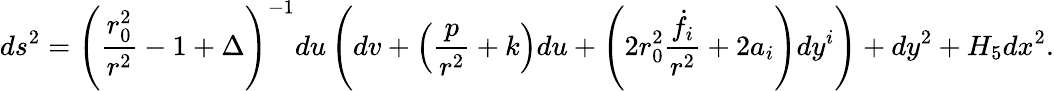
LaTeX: ds^{2}=\left({\frac{r_{0}^{2}}{r^{2}}}-1+\Delta\right)^{-1}du\left(dv+\left({\frac{p}{r^{2}}}+k\right)du+\left(2r_{0}^{2}{\frac{\dot{f}_{i}}{r^{2}}}+2a_{i}\right)dy^{i}\right)+dy^{2}+H_{5}dx^{2}.